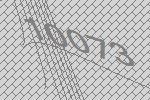
10073